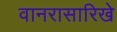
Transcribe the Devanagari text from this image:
वानरासारिखे